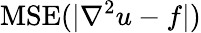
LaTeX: \mathrm{MSE}(|\nabla^{2}u-f|)